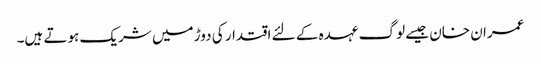
عمران خان جیسے لوگ عہدہ کے لئے اقتدار کی دوڑ میں شریک ہوتے ہیں۔